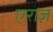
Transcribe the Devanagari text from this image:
एराज़